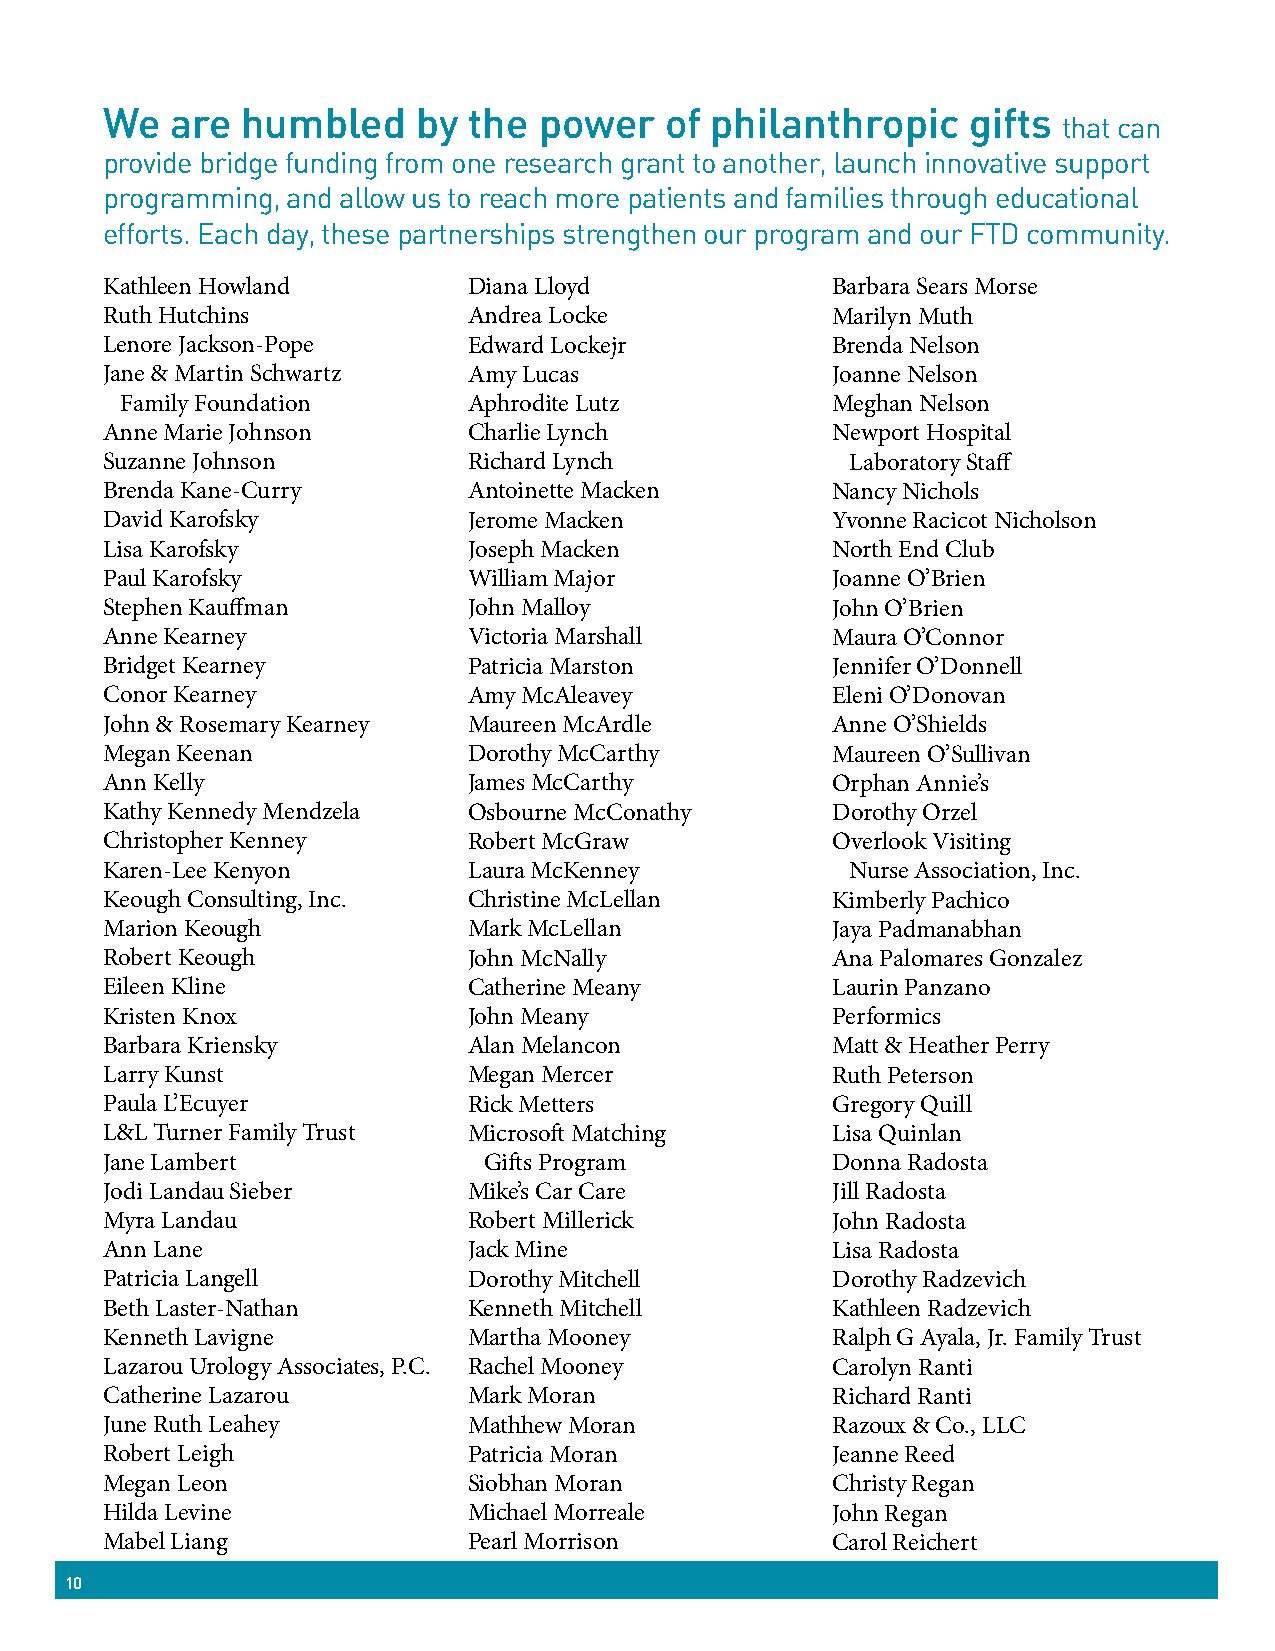
We  are  humbled     by the  power   of philanthropic    gifts
 that can
 provide bridge funding from one research grant to another, launch innovative support
 programming, and allow us to reach more patients and families through educational
 efforts. Each day, these partnerships strengthen our program and our FTD community.
 Kathleen Howland        Diana Lloyd             Barbara Sears Morse
 Ruth Hutchins           Andrea Locke            Marilyn Muth
 Lenore Jackson-Pope     Edward Lockejr          Brenda Nelson
 Jane & Martin Schwartz  Amy Lucas               Joanne Nelson
 Family Foundation      Aphrodite Lutz          Meghan Nelson
 Anne Marie Johnson      Charlie Lynch           Newport Hospital
 Suzanne Johnson         Richard Lynch            Laboratory Staff
 Brenda Kane-Curry       Antoinette Macken       Nancy Nichols
 David Karofsky          Jerome Macken           Yvonne Racicot Nicholson
 Lisa Karofsky           Joseph Macken           North End Club
 Paul Karofsky           William Major           Joanne O’Brien
 Stephen Kauffman        John Malloy             John O’Brien
 Anne Kearney            Victoria Marshall       Maura O’Connor
 Bridget Kearney         Patricia Marston        Jennifer O’Donnell
 Conor Kearney           Amy McAleavey           Eleni O’Donovan
 John & Rosemary Kearney Maureen McArdle         Anne O’Shields
 Megan Keenan            Dorothy McCarthy        Maureen O’Sullivan
 Ann Kelly               James McCarthy          Orphan Annie’s
 Kathy Kennedy Mendzela  Osbourne McConathy      Dorothy Orzel
 Christopher Kenney      Robert McGraw           Overlook Visiting
 Karen-Lee Kenyon        Laura McKenney           Nurse Association, Inc.
 Keough Consulting, Inc. Christine McLellan      Kimberly Pachico
 Marion Keough           Mark McLellan           Jaya Padmanabhan
 Robert Keough           John McNally            Ana Palomares Gonzalez
 Eileen Kline            Catherine Meany         Laurin Panzano
 Kristen Knox            John Meany              Performics
 Barbara Kriensky        Alan Melancon           Matt & Heather Perry
 Larry Kunst             Megan Mercer            Ruth Peterson
 Paula L’Ecuyer          Rick Metters            Gregory Quill
 L&L Turner Family Trust Microsoft Matching      Lisa Quinlan
 Jane Lambert             Gifts Program          Donna Radosta
 Jodi Landau Sieber      Mike’s Car Care         Jill Radosta
 Myra Landau             Robert Millerick        John Radosta
 Ann Lane                Jack Mine               Lisa Radosta
 Patricia Langell        Dorothy Mitchell        Dorothy Radzevich
 Beth Laster-Nathan      Kenneth Mitchell        Kathleen Radzevich
 Kenneth Lavigne         Martha Mooney           Ralph G Ayala, Jr. Family Trust
 Lazarou Urology Associates, P.C. Rachel Mooney  Carolyn Ranti
 Catherine Lazarou       Mark Moran              Richard Ranti
 June Ruth Leahey        Mathhew Moran           Razoux & Co., LLC
 Robert Leigh            Patricia Moran          Jeanne Reed
 Megan Leon              Siobhan Moran           Christy Regan
 Hilda Levine            Michael Morreale        John Regan
 Mabel Liang             Pearl Morrison          Carol Reichert
 10